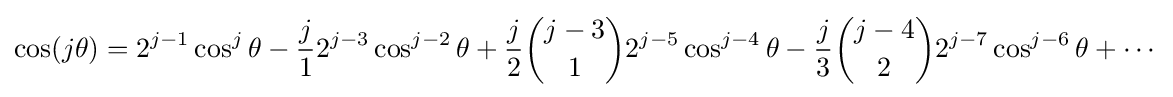
\cos(j\theta )=2^{j-1}\cos ^{j}\theta -{\frac {j}{1}}2^{j-3}\cos ^{j-2}\theta +{\frac {j}{2}}{\binom {j-3}{1}}2^{j-5}\cos ^{j-4}\theta -{\frac {j}{3}}{\binom {j-4}{2}}2^{j-7}\cos ^{j-6}\theta +\cdots